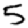
Digit: 5